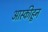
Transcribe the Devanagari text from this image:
आस्कीहून